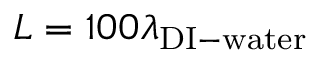
L = 1 0 0 \lambda _ { \mathrm { D I - w a t e r } }